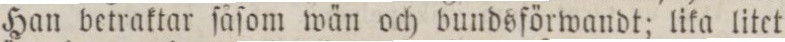
Han betraktar ſåſom wän och bundsförwandt; lika litet